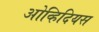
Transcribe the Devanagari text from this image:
ओव्हिदियस